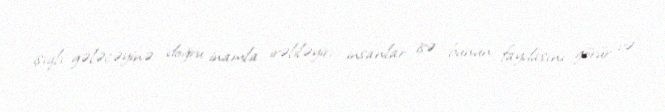
işıqlı gələcəyinə doğru inamla irəliləyir, insanlar isə bunun faydasını görür və